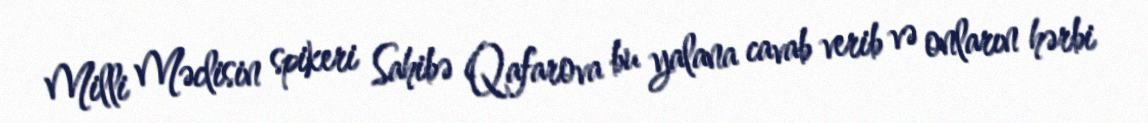
Milli Məclisin spikeri Sahibə Qafarova bu yalana cavab verib və onların hərbi